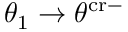
\theta _ { 1 } \to \theta ^ { \mathrm { c r } - }